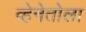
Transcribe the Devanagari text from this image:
व्हेनेतोला